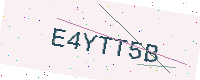
Text: E4YTT5B